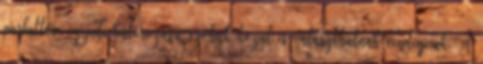
parkettás, egyedi bútorozású szobák közül is választhatnak vendégeink. A